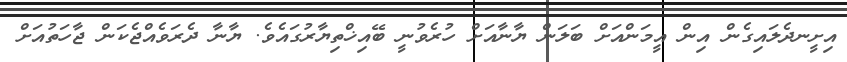
އިށީނދެލައިގެން އިން އީމަންއަށް ބަލަން ޔާނާއަށް ހުރެވުނީ ބޭއިޚްތިޔާރުގައެވެ. ޔާނާ ދެރަވެއްޖެކަން ޖާހަތުއަށް